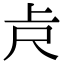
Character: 𠧛